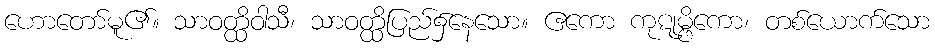
ဟောတော်မူ၏။ သာဝတ္ထိဝါသီ၊ သာဝတ္ထိပြည်၌နေသော။ ဧကော ကုဋုမ္ဗိကော၊ တစ်ယောက်သော